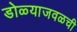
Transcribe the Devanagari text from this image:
डोळ्याजवळची